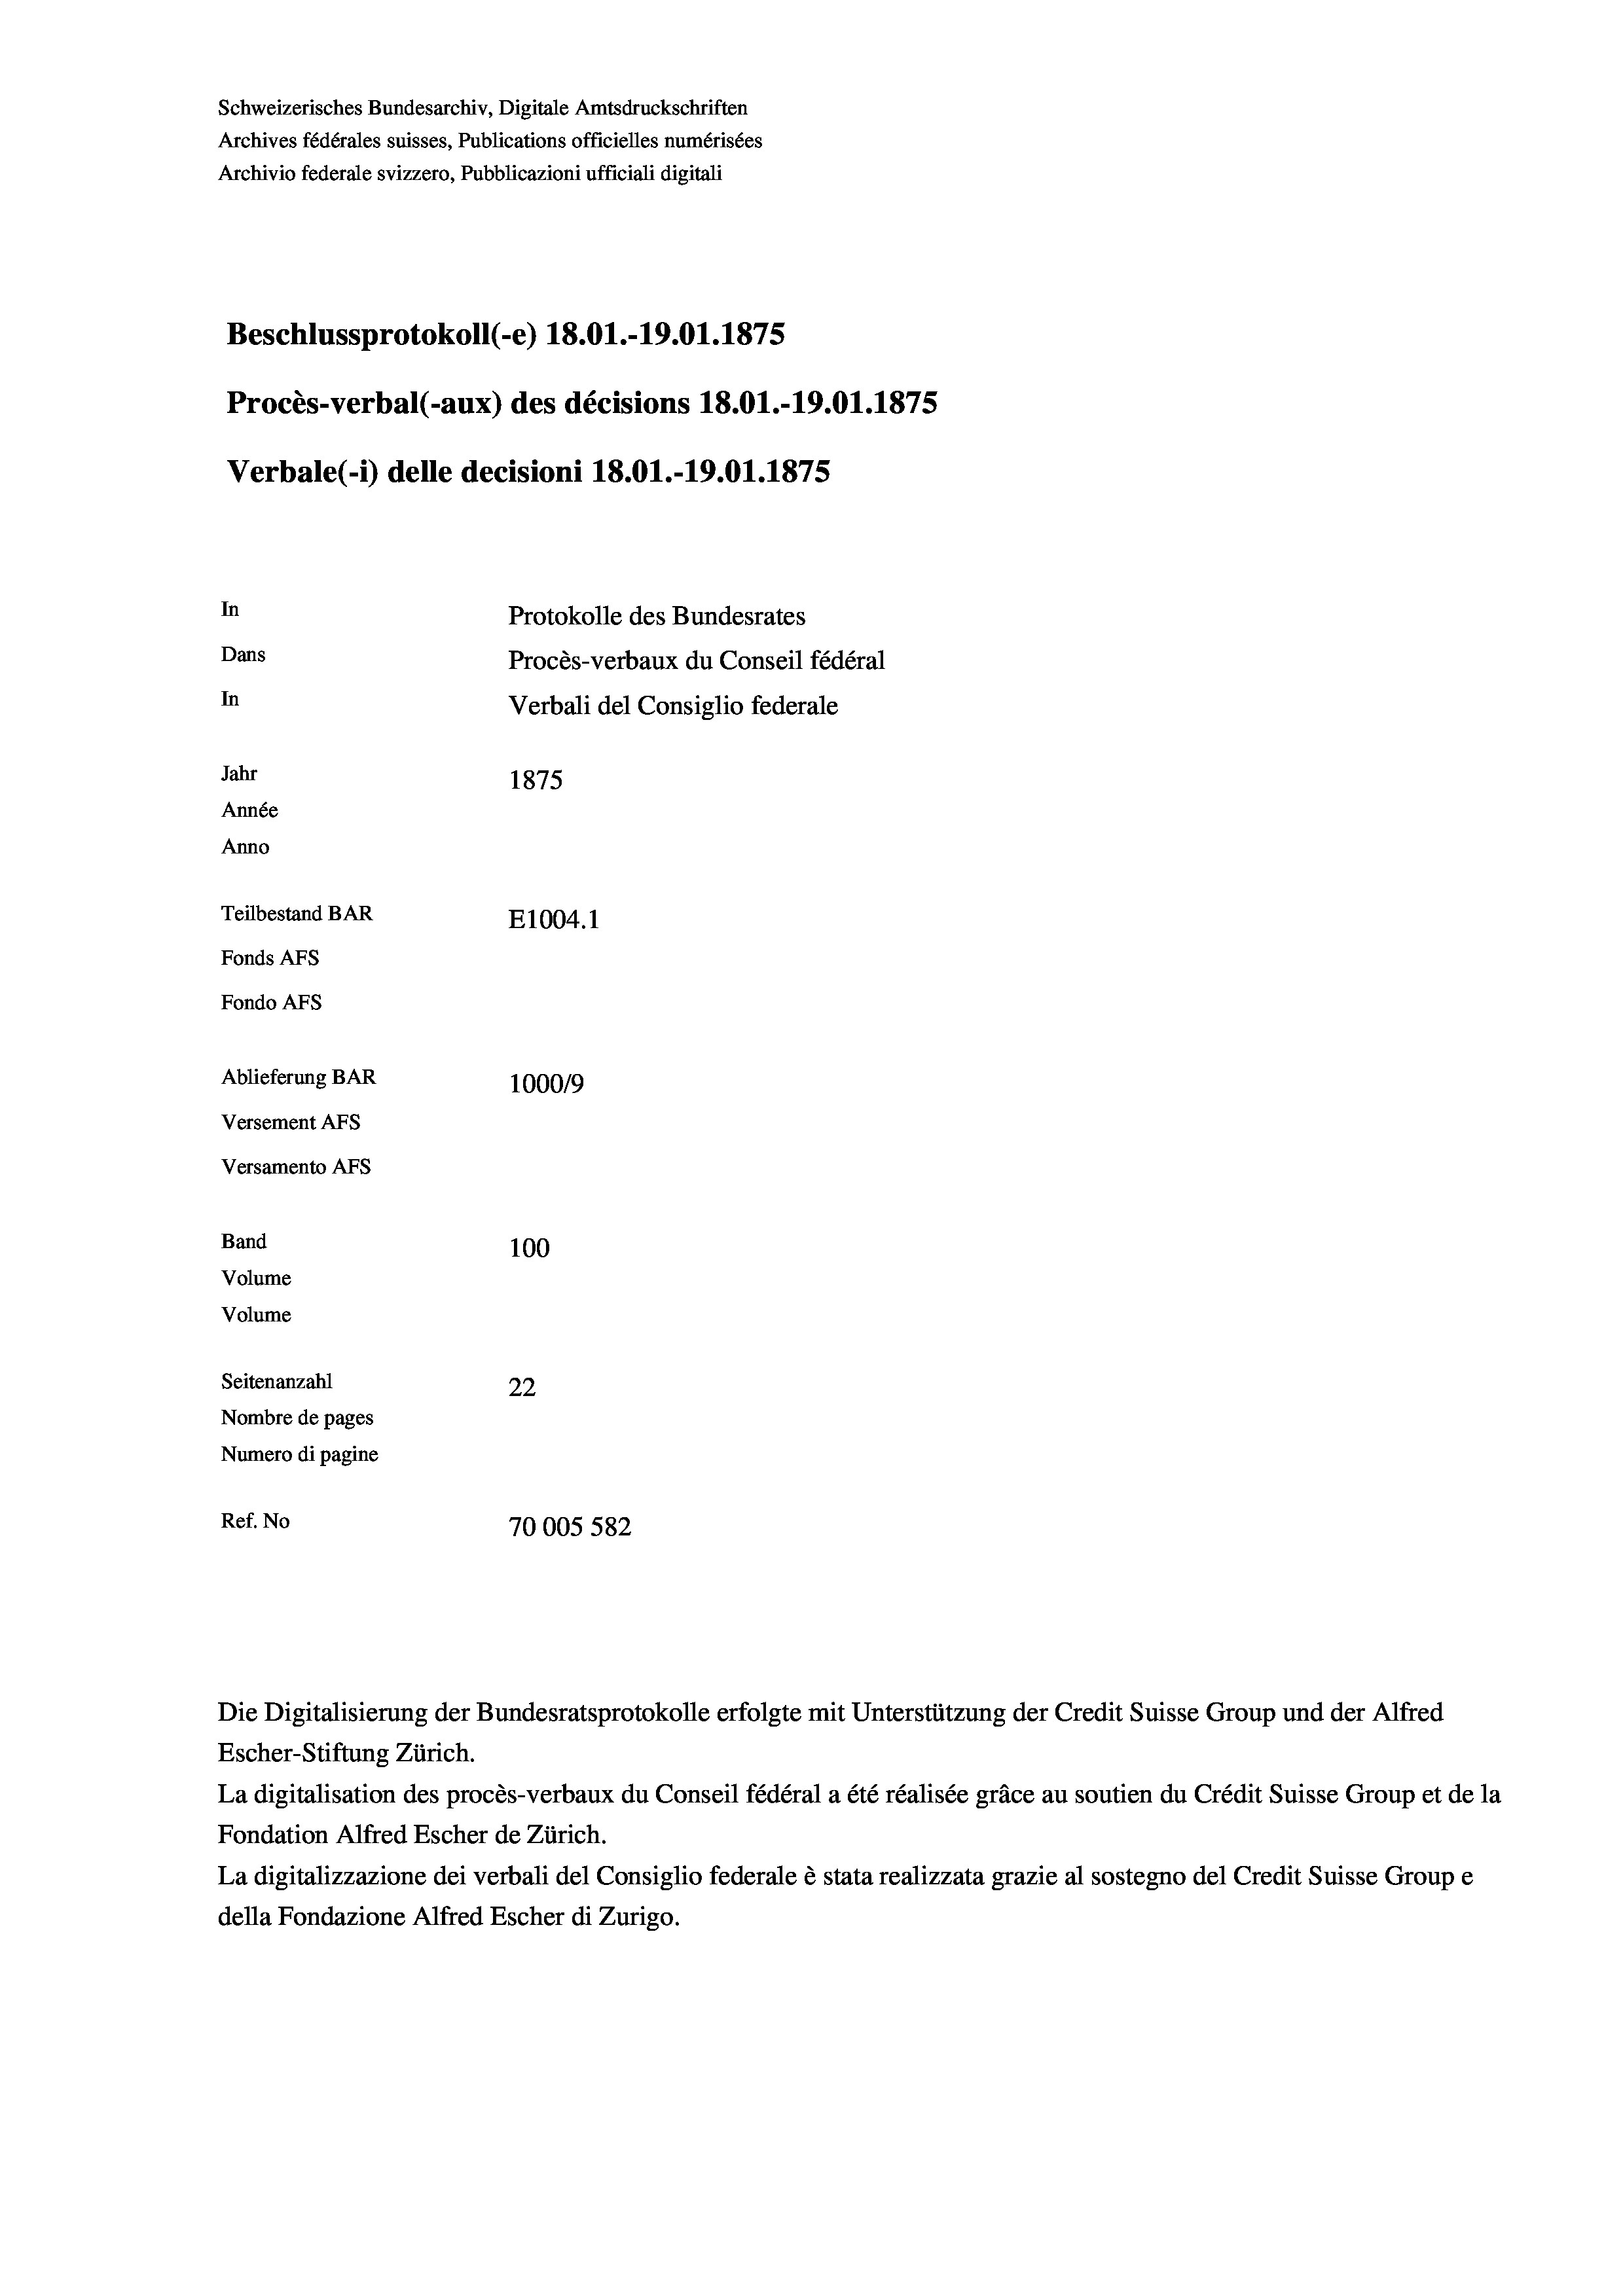
Schweizerisches Bundesarchiv, Digitale Amtsdruckschriften
Archives fédérales suisses, Publications officielles numérisées
Archivio federale svizzero, Pubblicazioni ufficiali digitali
Beschlussprotokoll (-e) 18.01.-19.01.1875
Procès-verbal (-aux) des décisions 18.01.-19.01.1875
Verbale (1) delle decisioni 18.01.-19.01.1875
In
Protokolle des Bundesrates
Dans
Procès-verbaux du Conseil fédéral
In
Verbali del Consiglio federale
Jahr
1875
Année
Anno
Teilbestand BAR
E1004.1
Fonds AFs
Fondo AFS
Ablieferung BAR
10009
Versement Ans
Versamento Afs
Band
100
Volume
Volume
Seitenanzahl
22
Nombre de pages
Numero di pagine
Ref. No
70005 582

Die Digitalisierung der Bundesratsprotokolle erfolgte mit Unterstützung der Credit Suisse Group und der Alfred
Escher-Stiftung Zürich.
La digitalisation des procès-verbaux du Conseil fédéral a été réalisée gräce au soutien du Crédit Suisse Group et de la
Fondation Alfred Escher de Zürich.
La digitalizzazione dei verbali del Consiglio federale è stata realizzata grazie al sostegno del Credit Suisse Groupe
della Fondazione Alfred Escher di Zurigo.